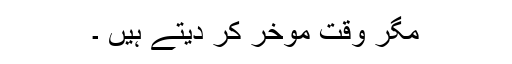
مگر وقت موخر کر دیتے ہیں ۔